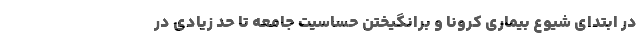
در ابتدای شیوع بیماری کرونا و برانگیختن حساسیت جامعه تا حد زیادی در